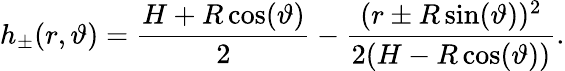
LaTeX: h_{\pm}(r,\vartheta)=\frac{H+R\cos(\vartheta)}{2}-\frac{(r\pm R\sin(\vartheta))^{2}}{2(H-R\cos(\vartheta))}.